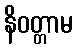
နိဝတ္တာမ